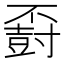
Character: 𪧽